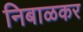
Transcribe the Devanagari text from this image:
निबाळकर